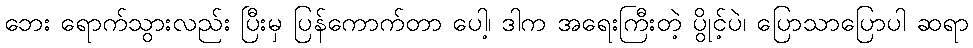
ဘေး ရောက်သွားလည်း ပြီးမှ ပြန်ကောက်တာ ပေါ့၊ ဒါက အရေးကြီးတဲ့ ပွိုင့်ပဲ၊ ပြောသာပြောပါ ဆရာ